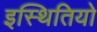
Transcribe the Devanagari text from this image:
इस्थितियो